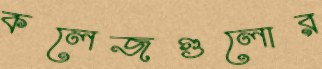
কলেজগুলোর